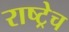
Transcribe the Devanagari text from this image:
राष्ट्रेच